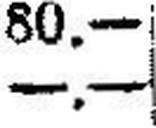
—.—